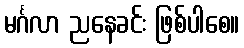
မင်္ဂလာ ညနေခင်း ဖြစ်ပါစေ။